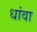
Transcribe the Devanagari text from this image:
धांवा